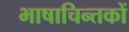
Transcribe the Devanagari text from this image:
भाषाचिन्तकों